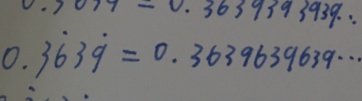
0 . 3 \dot { 6 } 3 \dot { 9 } = 0 . 3 6 3 9 6 3 9 6 3 9 \cdots